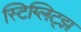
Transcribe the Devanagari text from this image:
स्टिग्लिट्झ